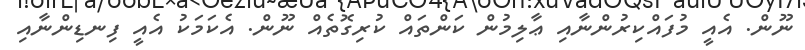
ނޫން. އެއީ މުފައްކިރުންނާއި ޢާލިމުން ކަންތައް ކުރިގޮތެއް ނޫން. އެކަމަކު އެއީ ފިނޑިންނާއި